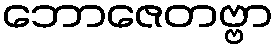
ဘောဇေတဗ္ဗာ